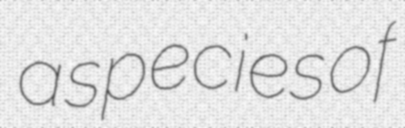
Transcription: a species of